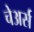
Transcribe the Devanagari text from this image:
चेअर्स